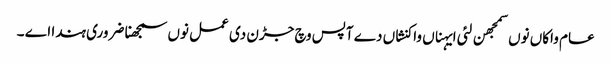
عام واکاں نوں سمجھن لئی ایہناں واکنشاں دے آپس وچ جڑن دی عمل نوں سمجھنا ضروری ہندا اے ۔